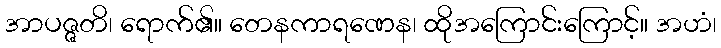
အာပဇ္ဇတိ၊ ရောက်၏။ တေနကာရဏေန၊ ထိုအကြောင်းကြောင့်။ အဟံ၊